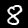
Digit: 8